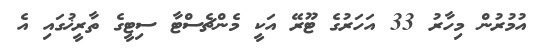
އުމުރުން މިހާރު 33 އަހަރުގެ ޓޫރޭ އަކީ މެންޗެސްޓާ ސިޓީގެ ތާރީޚުގައި އެ